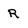
Character: R